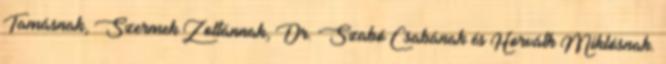
Tamásnak, Szermek Zoltánnak, Dr. Szabó Csabának és Horváth Miklósnak.